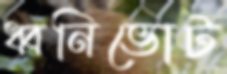
ধ্বনিভোট